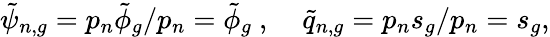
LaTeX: \tilde{\psi}_{n,g}=p_{n}\tilde{\phi}_{g}/p_{n}=\tilde{\phi}_{g}\mathrm{~,~}\; \; \; \tilde{q}_{n,g}=p_{n}s_{g}/p_{n}=s_{g},